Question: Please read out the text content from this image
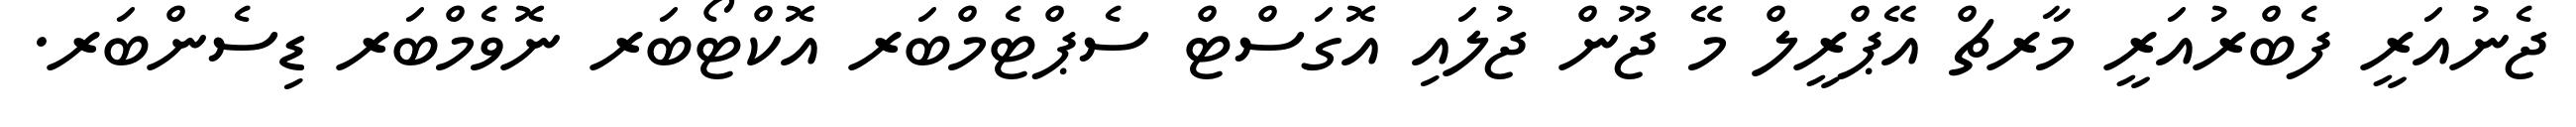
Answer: ޖެނުއަރީ ފެބްރުއަރީ މާރޗް އޭޕްރީލް މޭ ޖޫން ޖުލައި އޮގަސްޓް ސެޕްޓެމްބަރ އޮކްޓޯބަރ ނޮވެމްބަރ ޑިސެންބަރ.